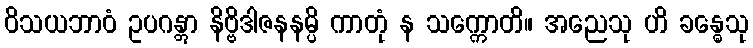
ဝိသယဘာဝံ ဥပဂန္တွာ နိဗ္ဗိဒါဇနနမ္ပိ ကာတုံ န သက္ကောတိ။ အညေသု ဟိ ခန္ဓေသု